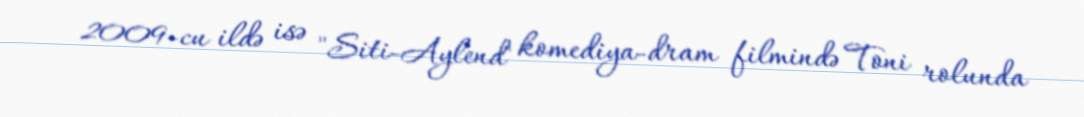
2009-cu ildə isə "Siti-Aylend" komediya-dram filmində Toni rolunda